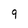
Character: 9